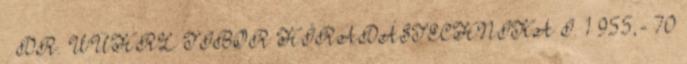
– DR. WÜHRL TIBOR HÍRADÁSTECHNIKA I. 1 955,- 70